Indian journal of veterinary science and animal husbandry - Volume 8,
Year: 1938
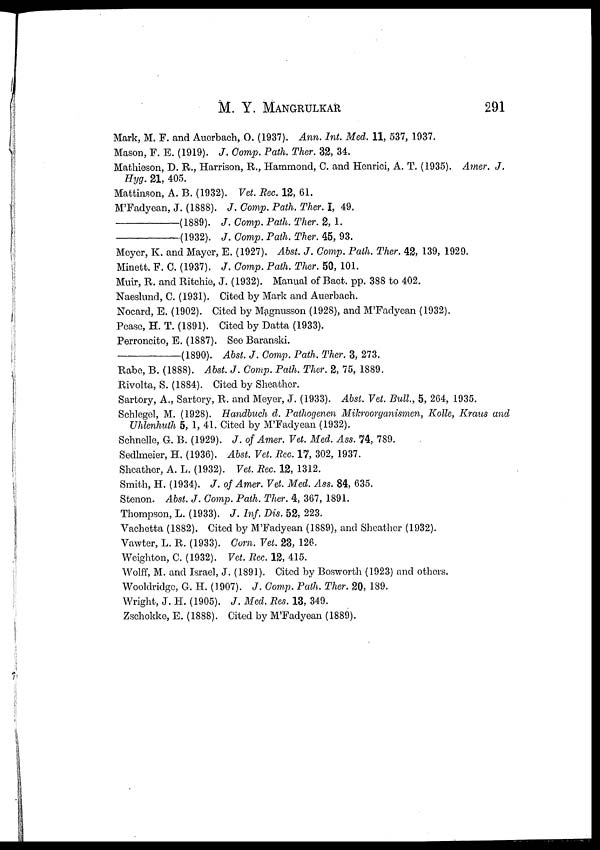
M. Y.
MANGRULKAR
291
Mark, M. F. and Auerbach, O. (1937). Ann. Int. Med. 11, 537, 1937.
Mason, F. E. (1919). J. Comp. Path. Ther. 32, 34.
Mathieson, D. R., Harrison, R., Hammond, C. and Henrici, A. T. (1935). Amer. J.
Hyg. 21, 405.
Mattinson, A. B. (1932). Vet. Rec. 12, 61.
M'Fadyean, J. (1888). J. Comp. Path. Ther. I, 49.
—(1889).
J. Comp. Path. Ther. 2, 1.
—(1932).
J. Comp. Path. Ther. 45, 93.
Meyer, K. and Mayer, E. (1927). Abst. J. Comp. Path. Ther. 42, 139, 1929.
Minett. F. C. (1937). J. Comp. Path. Ther. 50, 101.
Muir, R. and Ritchie, J. (1932). Manual of Bact. pp. 388 to 402.
Naeslund, C. (1931). Cited by Mark and Auerbach.
Nocard, E. (1902). Cited by Magnusson (1928), and M'Fadyean (1932).
Pease, H. T. (1891). Cited by Datta (1933).
Perroncito, E. (1887). See Baranski.
—(1890).
Abst. J. Comp. Path. Ther. 3, 273.
Rabe, B. (1888). Abst. J. Comp. Path. Ther. 2, 75, 1889.
Rivolta, S. (1884). Cited by Sheather.
Sartory, A., Sartory, R. and Meyer, J. (1933). Abst. Vet. Bull., 5, 264, 1935.
Schlegel, M. (1928). Handbuch d. Pathogenen Mikroorganismen, Kolle, Kraus and
Uhlenhuth 5, 1, 41. Cited by M'Fadyean (1932).
Schnelle, G. B. (1929). J. of Amer. Vet. Med. Ass. 74, 789.
Sedlmeier, H. (1936). Abst. Vet. Rec. 17, 302, 1937.
Sheather, A. L. (1932). Vet. Rec. 12, 1312.
Smith, H. (1934). J. of Amer. Vet. Med. Ass. 84, 635.
Stenon. Abst. J. Comp. Path. Ther. 4, 367, 1891.
Thompson, L. (1933). J. Inf. Dis. 52, 223.
Vachetta (1882). Cited by M'Fadyean (1889), and Sheather (1932).
Vawter, L. R. (1933). Corn. Vet. 23, 126.
Weighton, C. (1932). Vet. Rec. 12, 415.
Wolff, M. and Israel, J. (1891). Cited by Bosworth (1923) and others.
Wooldridge, G. H. (1907). J. Comp. Path. Ther. 20, 189.
Wright, J. H. (1905). J. Med. Res. 13, 349.
Zschokke, E. (1888). Cited by M'Fadyean (1889).